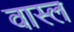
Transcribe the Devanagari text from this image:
वास्ल